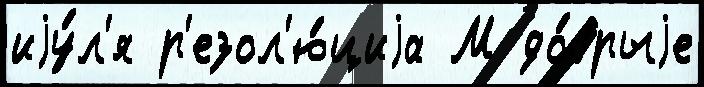
иjу́л'я р'езол'ю́циjа М до́брыjе